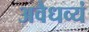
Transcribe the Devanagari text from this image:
अवैधव्यं